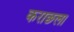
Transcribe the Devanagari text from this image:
कराछला